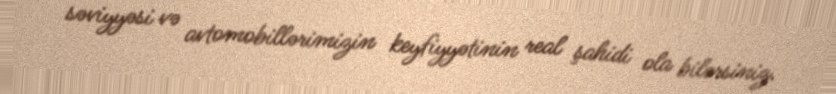
səviyyəsi və avtomobillərimizin keyfiyyətinin real şahidi ola bilərsiniz.